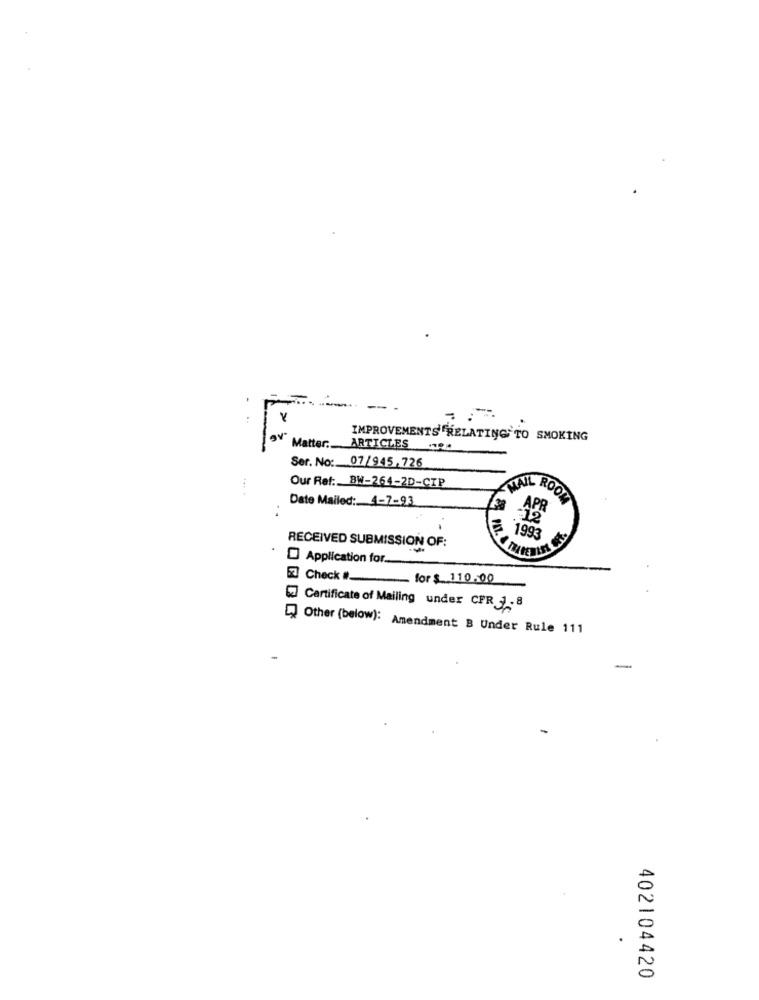
IMPROVEMENTS RELATING TO SMOKING
Matter: ARTICLES 0.
Ser. No: 07/945,726
Our Ret: BW-264-2D-CIP
Date Mailed: 4-7-93
MAIL ROOM
-12
1993
RECEIVED SUBMISSION OF:
Application for.
57 Check#_ for$ 110.00
Cartificate of Mailing under CPR 2-8
Other (below): Amendment B Under Rule 111
402104420